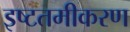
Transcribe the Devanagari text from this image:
इष्‍टतमीकरण